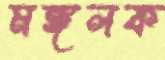
মঙ্গলক